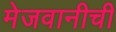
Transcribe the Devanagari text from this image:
मेजवानीची